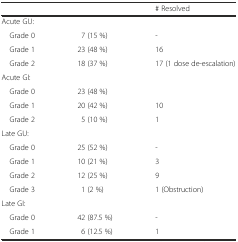
<table><thead><tr><td></td><td></td><td><b># Resolved</b></td></tr></thead><tbody><tr><td>Acute GU:</td><td></td><td></td></tr><tr><td> Grade 0</td><td>7 (15 %)</td><td>-</td></tr><tr><td> Grade 1</td><td>23 (48 %)</td><td>16</td></tr><tr><td> Grade 2</td><td>18 (37 %)</td><td>17 (1 dose de-escalation)</td></tr><tr><td>Acute GI:</td><td></td><td></td></tr><tr><td> Grade 0</td><td>23 (48 %)</td><td></td></tr><tr><td> Grade 1</td><td>20 (42 %)</td><td>10</td></tr><tr><td> Grade 2</td><td>5 (10 %)</td><td>1</td></tr><tr><td>Late GU:</td><td></td><td></td></tr><tr><td> Grade 0</td><td>25 (52 %)</td><td>-</td></tr><tr><td> Grade 1</td><td>10 (21 %)</td><td>3</td></tr><tr><td> Grade 2</td><td>12 (25 %)</td><td>9</td></tr><tr><td> Grade 3</td><td>1 (2 %)</td><td>1 (Obstruction)</td></tr><tr><td>Late GI:</td><td></td><td></td></tr><tr><td> Grade 0</td><td>42 (87.5 %)</td><td>-</td></tr><tr><td> Grade 1</td><td>6 (12.5 %)</td><td>1</td></tr></tbody></table>